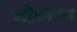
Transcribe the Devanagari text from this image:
जोधाणा